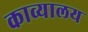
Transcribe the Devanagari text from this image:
काव्यालय